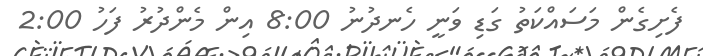
ފެށިގެން މަސައްކަތު ގަޑި ވަނީ ހެނދުނު 8:00 އިން މެންދުރު ފަހު 2:00